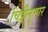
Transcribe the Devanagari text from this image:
चिठ्ठीनुसार